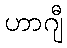
ဟာဂျီ